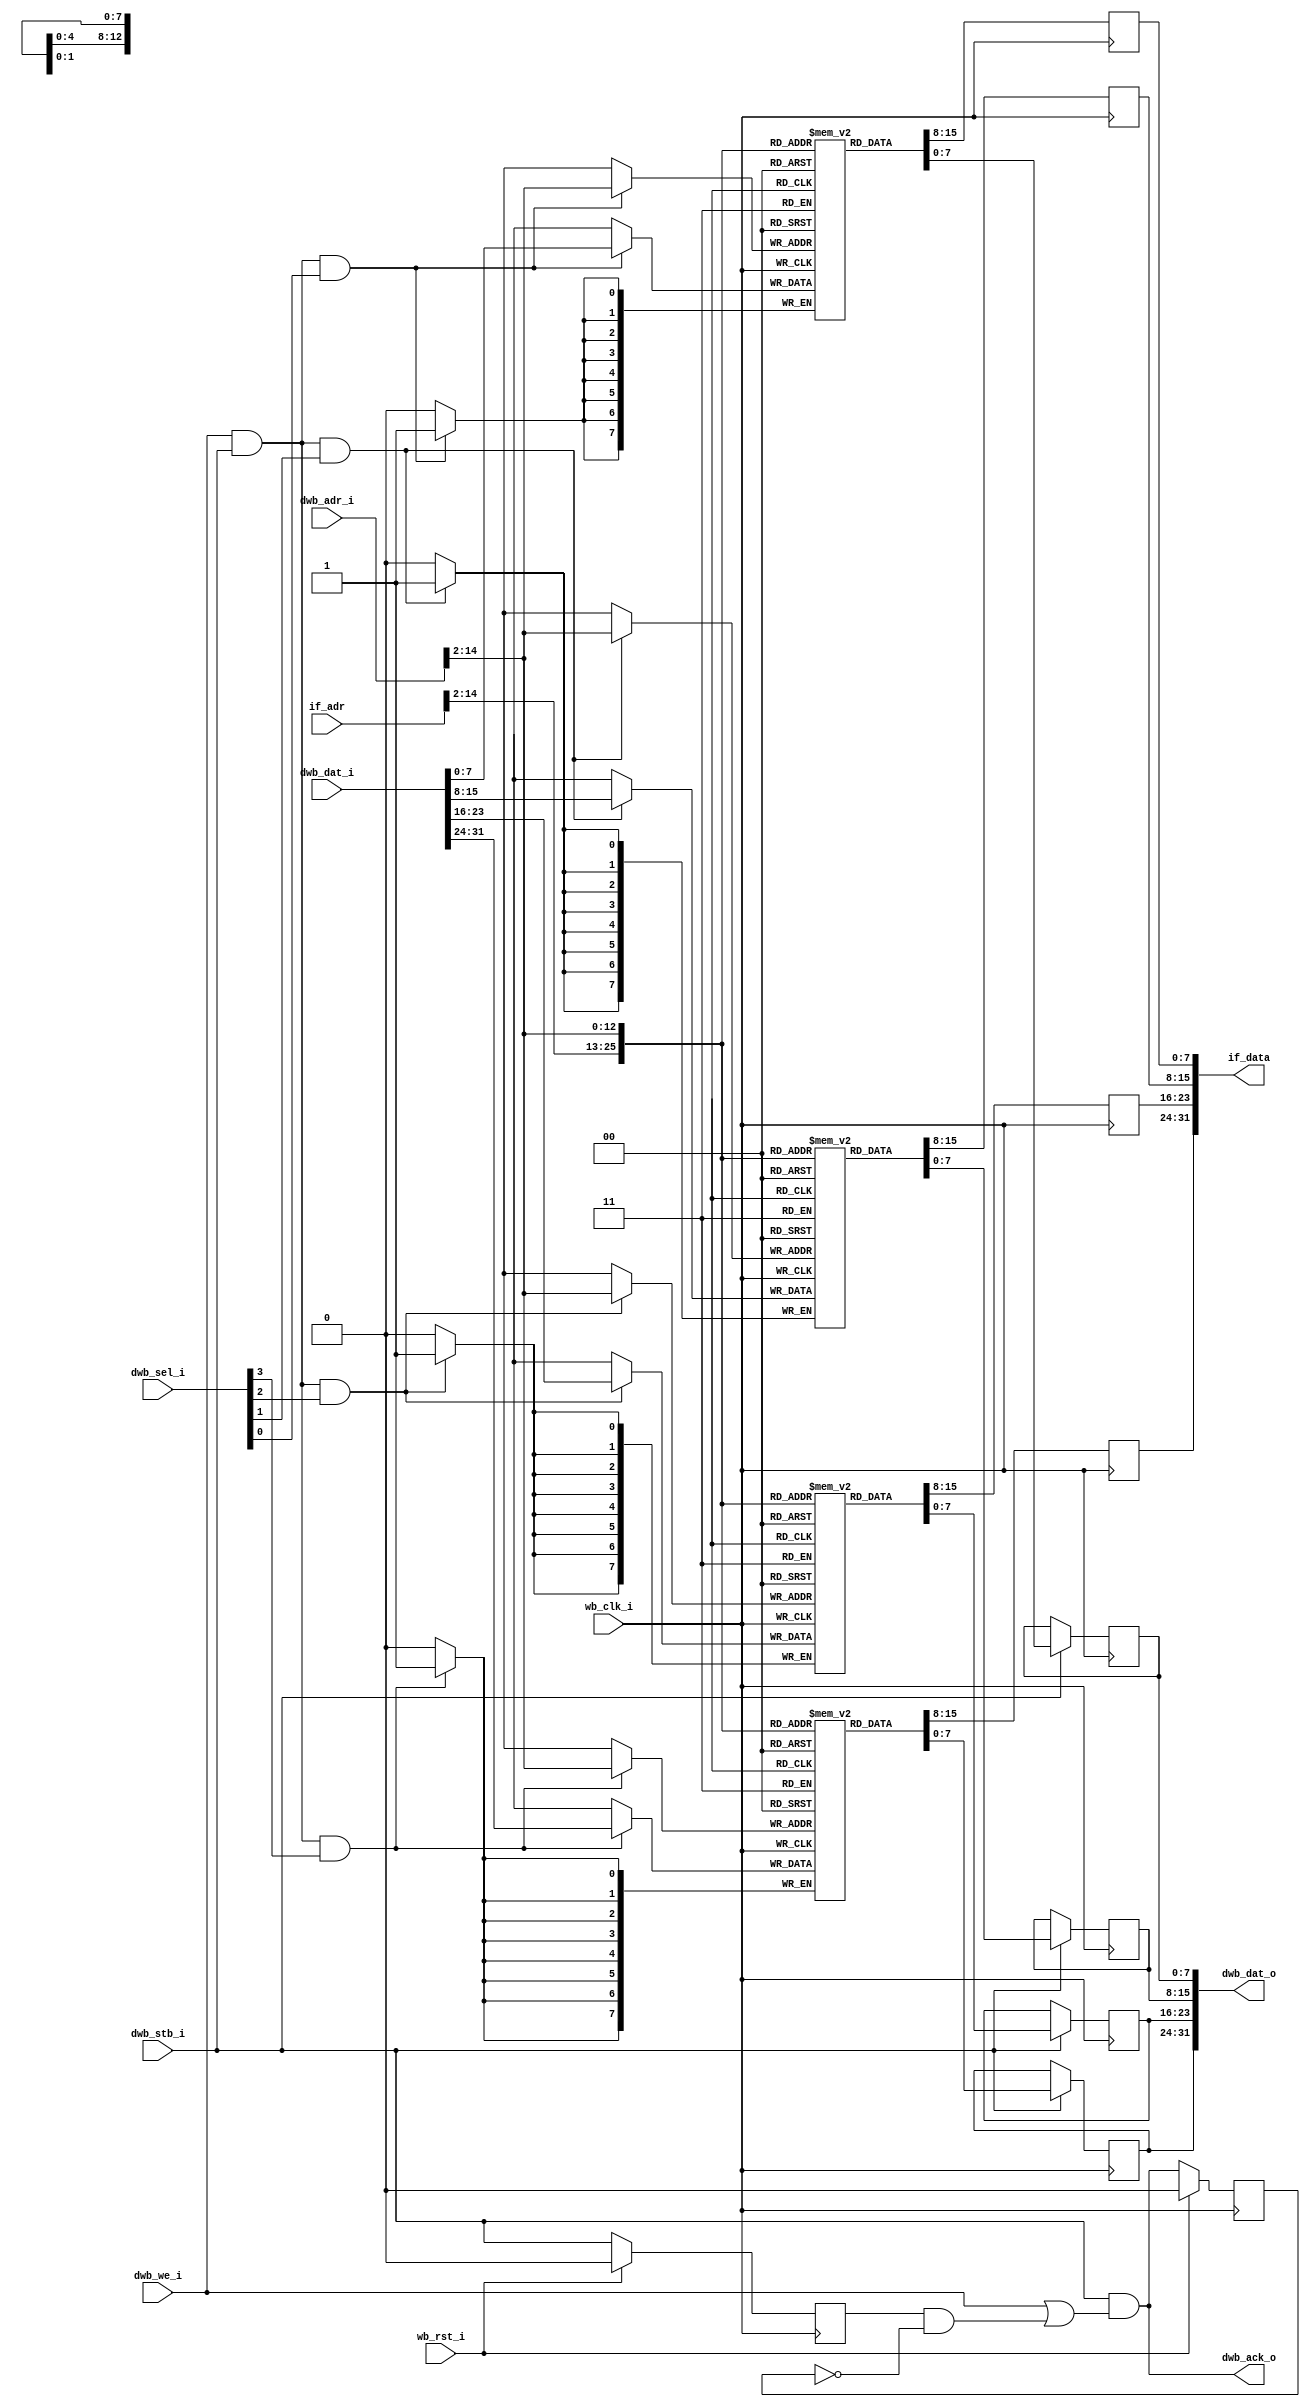
//
// Copyright 2011 Ettus Research LLC
//
// This program is free software: you can redistribute it and/or modify
// it under the terms of the GNU General Public License as published by
// the Free Software Foundation, either version 3 of the License, or
// (at your option) any later version.
//
// This program is distributed in the hope that it will be useful,
// but WITHOUT ANY WARRANTY; without even the implied warranty of
// MERCHANTABILITY or FITNESS FOR A PARTICULAR PURPOSE.  See the
// GNU General Public License for more details.
//
// You should have received a copy of the GNU General Public License
// along with this program.  If not, see <http://www.gnu.org/licenses/>.
//



// Dual ported, Harvard architecture

module ram_harvard2
  #(parameter AWIDTH=15,
    parameter RAM_SIZE=32768)
   (input wb_clk_i, 
    input wb_rst_i,
    // Instruction fetch port.
    input [AWIDTH-1:0] if_adr,
    output reg [31:0] if_data,
    // Data access port.
    input [AWIDTH-1:0] dwb_adr_i,
    input [31:0] dwb_dat_i, 
    output reg [31:0] dwb_dat_o,
    input dwb_we_i,
    output dwb_ack_o,
    input dwb_stb_i,
    input [3:0] dwb_sel_i);
   
   reg 	  ack_d1;
   reg 	  stb_d1;
   
   assign dwb_ack_o = dwb_stb_i & (dwb_we_i | (stb_d1 & ~ack_d1));

   always @(posedge wb_clk_i) 
     if(wb_rst_i)
       ack_d1 <= 1'b0;
     else 
       ack_d1 <= dwb_ack_o;

   always @(posedge wb_clk_i)
     if(wb_rst_i)
       stb_d1 <= 0;
     else
       stb_d1 <= dwb_stb_i;

   reg [7:0] ram0 [0:(RAM_SIZE/4)-1];
   reg [7:0] ram1 [0:(RAM_SIZE/4)-1];
   reg [7:0] ram2 [0:(RAM_SIZE/4)-1];
   reg [7:0] ram3 [0:(RAM_SIZE/4)-1];
   
   // Port 1, Read only
   always @(posedge wb_clk_i)
     if_data[31:24] <= ram3[if_adr[AWIDTH-1:2]];
   always @(posedge wb_clk_i)
     if_data[23:16] <= ram2[if_adr[AWIDTH-1:2]];
   always @(posedge wb_clk_i)
     if_data[15:8] <= ram1[if_adr[AWIDTH-1:2]];
   always @(posedge wb_clk_i)
     if_data[7:0] <= ram0[if_adr[AWIDTH-1:2]];

   // Port 2, R/W
   always @(posedge wb_clk_i)
     if(dwb_stb_i) dwb_dat_o[31:24] <= ram3[dwb_adr_i[AWIDTH-1:2]];
   always @(posedge wb_clk_i)
     if(dwb_stb_i) dwb_dat_o[23:16] <= ram2[dwb_adr_i[AWIDTH-1:2]];
   always @(posedge wb_clk_i)
     if(dwb_stb_i) dwb_dat_o[15:8] <= ram1[dwb_adr_i[AWIDTH-1:2]];
   always @(posedge wb_clk_i)
     if(dwb_stb_i) dwb_dat_o[7:0] <= ram0[dwb_adr_i[AWIDTH-1:2]];
   
   always @(posedge wb_clk_i)
     if(dwb_we_i & dwb_stb_i & dwb_sel_i[3])
       ram3[dwb_adr_i[AWIDTH-1:2]] <= dwb_dat_i[31:24];
   always @(posedge wb_clk_i)
     if(dwb_we_i & dwb_stb_i & dwb_sel_i[2])
       ram2[dwb_adr_i[AWIDTH-1:2]] <= dwb_dat_i[23:16];
   always @(posedge wb_clk_i)
     if(dwb_we_i & dwb_stb_i & dwb_sel_i[1])
       ram1[dwb_adr_i[AWIDTH-1:2]] <= dwb_dat_i[15:8];
   always @(posedge wb_clk_i)
     if(dwb_we_i & dwb_stb_i & dwb_sel_i[0])
       ram0[dwb_adr_i[AWIDTH-1:2]] <= dwb_dat_i[7:0];
   
endmodule // ram_harvard